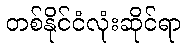
တစ်နိုင်ငံလုံးဆိုင်ရာ